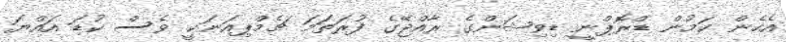
އެހެން ކަމުން ޑްރޮޕްނީ ޑިވިޝަންގެ ރާއްޖޭގެ ފުރަތަަމަ ޗެމްޕިއަނަކީ ވެސް ކުޑަ އައްޔަ